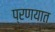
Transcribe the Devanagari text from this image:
प्रणयात